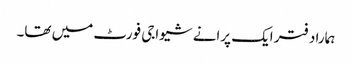
ہمارا دفتر ایک پرانے شیواجی فورٹ میں تھا۔